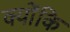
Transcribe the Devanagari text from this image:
क्‍योंकि